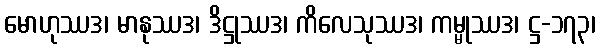
မောဟုဿဒ၊ မာနုဿဒ၊ ဒိဋ္ဌုဿဒ၊ ကိလေသုဿဒ၊ ကမ္မုဿဒ၊ ဋ္ဌ-၁၇၃၊